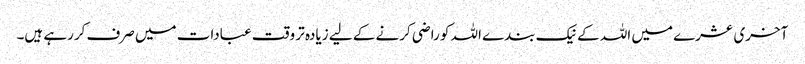
آخری عشرے میں اللہ کے نیک بندے اللہ کو راضی کرنے کے لیے زیادہ تر وقت عبادات میں صرف کررہے ہیں۔